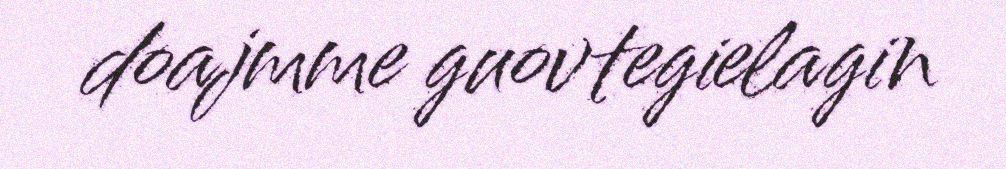
doajmme guovtegielagin